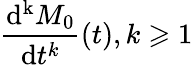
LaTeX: {\frac{\mathrm{d^{k}}M_{0}}{\mathrm{d}t^{k}}}(t),k\geqslant 1